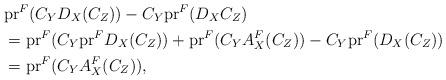
LaTeX: \begin{align*}&\mathrm{pr}^{F} (C_{Y}D_{X}(C_{Z})) - C_{Y}\mathrm{pr}^{F}(D_{X}C_{Z})\\&= \mathrm{pr}^{F} (C_{Y}\mathrm{pr}^{F}D_{X}(C_{Z})) +\mathrm{pr}^{F} (C_{Y}A^{F}_{X}(C_{Z})) - C_{Y}\mathrm{pr}^{F}(D_{X}(C_{Z}))\\&= \mathrm{pr}^{F} (C_{Y} A^{F}_{X}(C_{Z})),\end{align*}